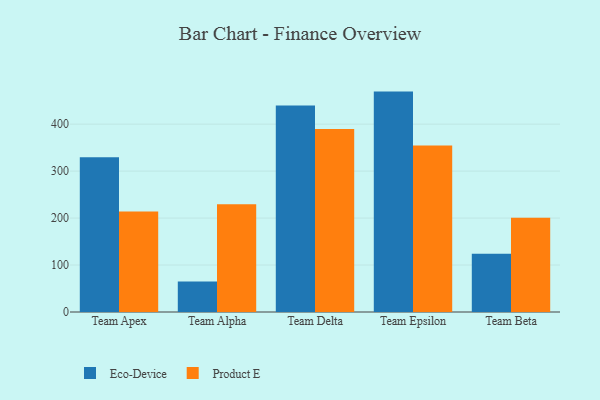
{"axis": {"x": "Team", "y": "Inventory Turnover"}, "legend": ["Eco-Device", "Product E"], "data": [{"x": "Team Apex", "y": 329.3, "type": "Eco-Device"}, {"x": "Team Apex", "y": 214.1, "type": "Product E"}, {"x": "Team Alpha", "y": 64.7, "type": "Eco-Device"}, {"x": "Team Alpha", "y": 229.3, "type": "Product E"}, {"x": "Team Delta", "y": 439.6, "type": "Eco-Device"}, {"x": "Team Delta", "y": 389.6, "type": "Product E"}, {"x": "Team Epsilon", "y": 469.3, "type": "Eco-Device"}, {"x": "Team Epsilon", "y": 354.5, "type": "Product E"}, {"x": "Team Beta", "y": 123.8, "type": "Eco-Device"}, {"x": "Team Beta", "y": 200.7, "type": "Product E"}]}